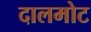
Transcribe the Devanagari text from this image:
दालमोट